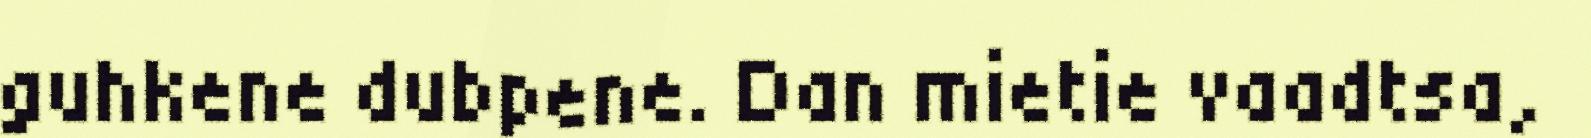
guhkene dubpene. Dan mietie vaadtsa,